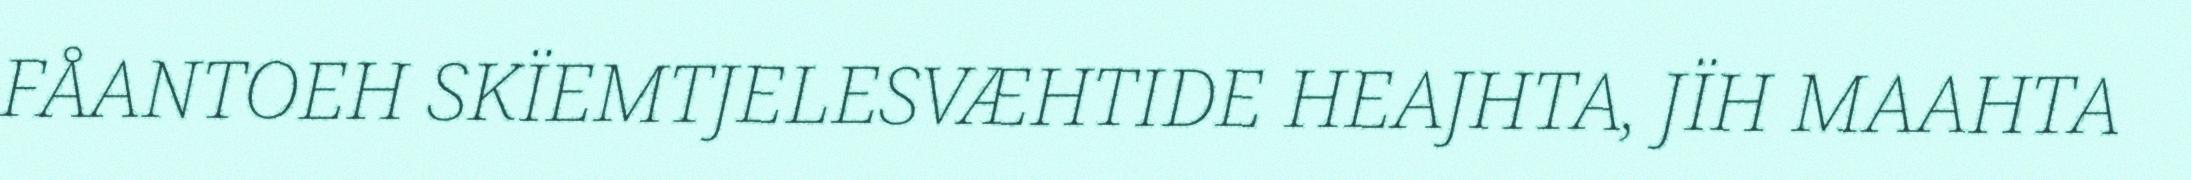
FÅANTOEH SKÏEMTJELESVÆHTIDE HEAJHTA, JÏH MAAHTA